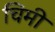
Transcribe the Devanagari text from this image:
चिमी